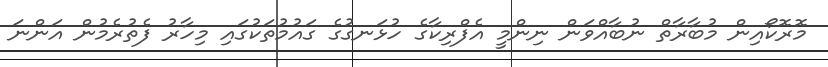
މޮރޮކޯއިން މުބާރާތް ނުބާއްވަން ނިންމީ އެފްރިކާގެ ހުޅަނގުގެ ގައުމުތަކުގައި މިހާރު ފެތުރެމުން އަންނަ